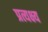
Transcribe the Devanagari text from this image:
प्रत्यक्ष्य